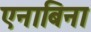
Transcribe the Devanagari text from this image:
एनाबिना